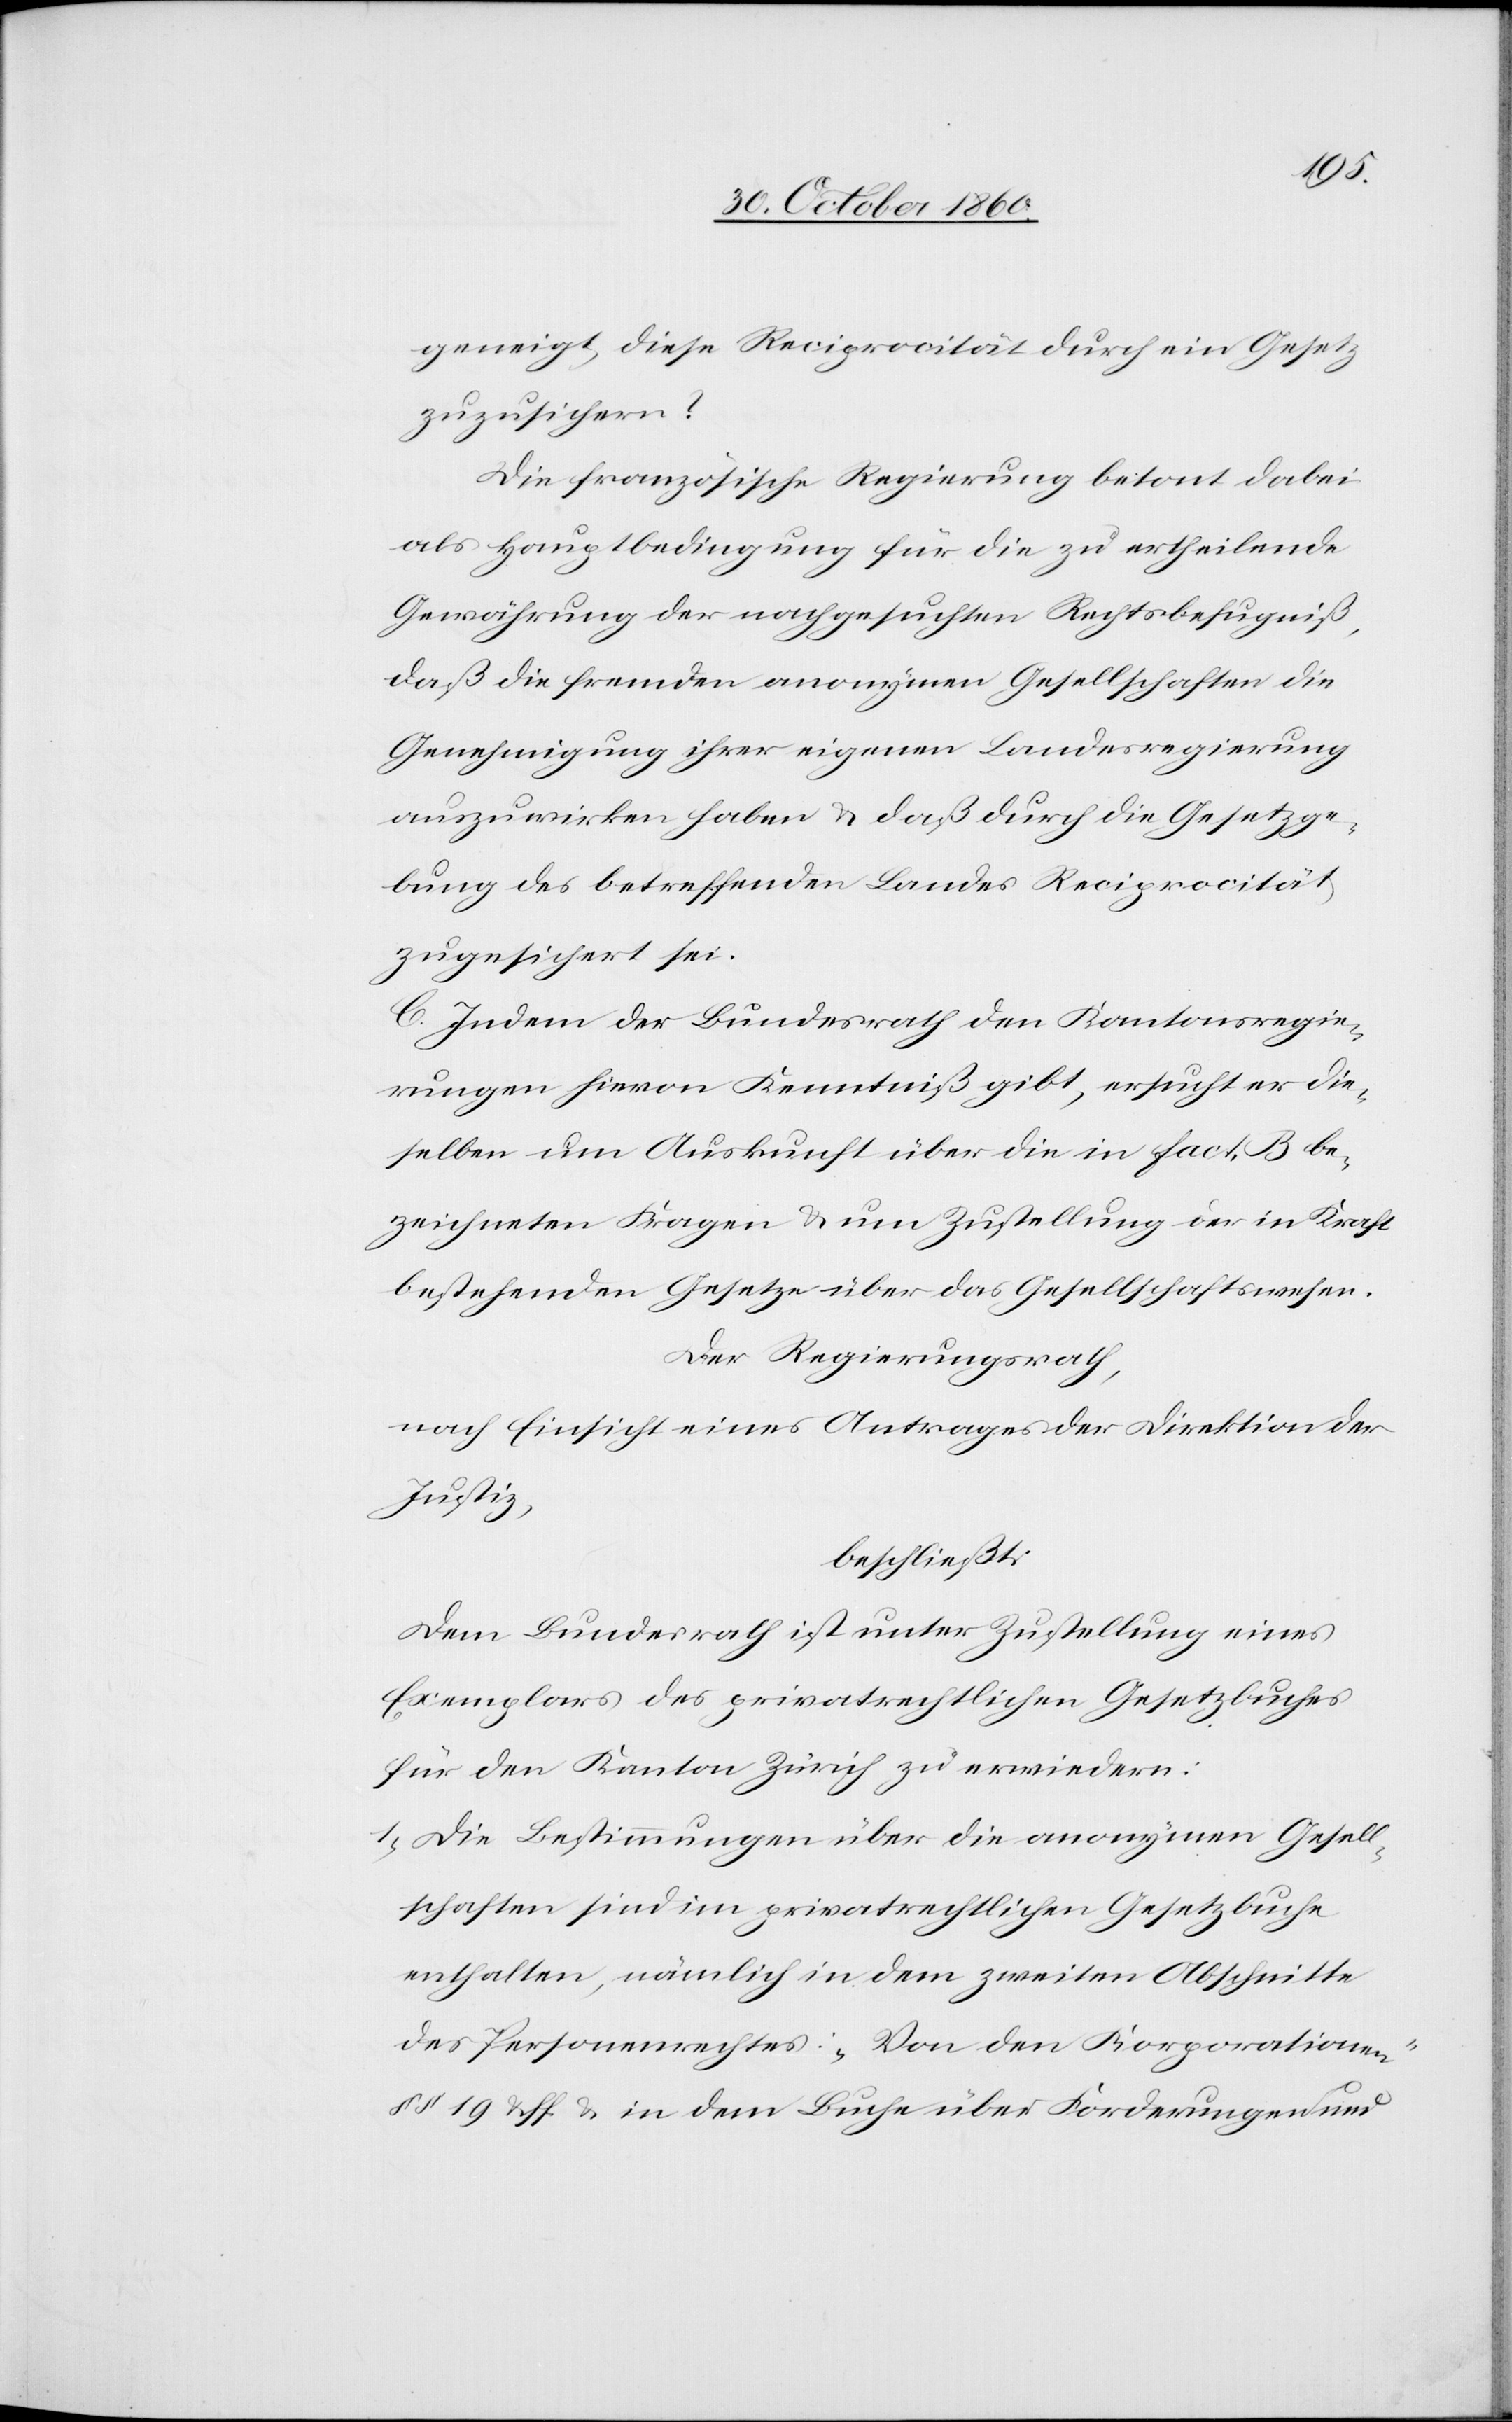
geneigt, diese Reciprocität durch ein Gesetz
zuzusichern?
Die französische Regierung betont dabei
als Hauptbedingung für die zu ertheilende
Gewährung der nachgesuchten Rechtsbefugniß,
daß die fremden anonymen Gesellschaften die
Genehmigung ihrer eigenen Landesregierung
auszuwirken haben u. daß durch die Gesetzge¬
bung des betreffenden Landes Reciprocität
zugesichert sei.
C. Indem der Bundesrath den Kantonsregie¬
rungen hievon Kenntniß gibt, ersucht er die¬
selben um Auskunft über die in fact. B be¬
zeichneten Fragen u. um Zustellung der in Kraft
bestehenden Gesetze über das Gesellschaftswesen.
Der Regierungsrath,
nach Einsicht eines Antrages der Direktion der
Justiz,
beschließt:
Dem Bundesrath ist unter Zustellung eines
Exemplars des privatrechtlichen Gesetzbuches
für den Kanton Zürich zu erwiedern:
1) Die Bestimmungen über die anonymen Gesell¬
schaften sind im privatrechtlichen Gesetzbuche
enthalten, nämlich in dem zweiten Abschnitte
des Personenrechtes: „Von den Korporationen“
§§ 19 u. ff u. in dem Buche über Forderungen und